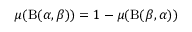
\mu ( \mathrm { B } ( \alpha , \beta ) ) = 1 - \mu ( \mathrm { B } ( \beta , \alpha ) )